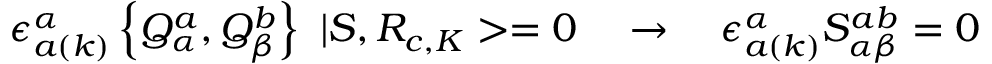
\epsilon _ { a ( k ) } ^ { \alpha } \left\{ Q _ { \alpha } ^ { a } , Q _ { \beta } ^ { b } \right\} \, \, | S , R _ { c , K } > = 0 \quad \rightarrow \quad \epsilon _ { a ( k ) } ^ { \alpha } S _ { \alpha \beta } ^ { a b } = 0